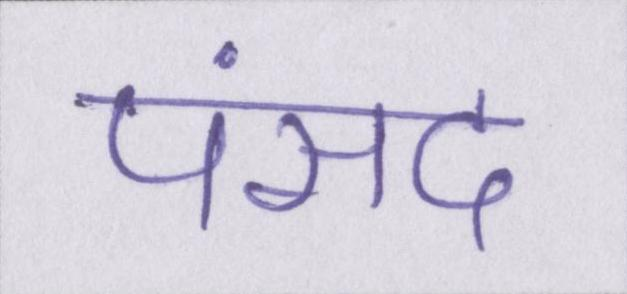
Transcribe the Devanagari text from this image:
पंसद